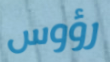
رؤوس